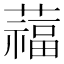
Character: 䕐